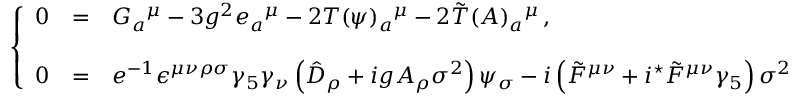
\left\{ \begin{array} { r c l } { { 0 } } & { { = } } & { { G _ { a } { } ^ { \mu } - 3 g ^ { 2 } e _ { a } { } ^ { \mu } - 2 T ( \psi ) _ { a } { } ^ { \mu } - 2 \tilde { T } ( A ) _ { a } { } ^ { \mu } \, , } } \\ { { } } & { { } } & { { } } \\ { { 0 } } & { { = } } & { { e ^ { - 1 } \epsilon ^ { \mu \nu \rho \sigma } \gamma _ { 5 } \gamma _ { \nu } \left( \hat { \cal D } _ { \rho } + i g A _ { \rho } \sigma ^ { 2 } \right) \psi _ { \sigma } - i \left( \tilde { F } ^ { \mu \nu } + i { } ^ { \star } \tilde { F } ^ { \mu \nu } \gamma _ { 5 } \right) \sigma ^ { 2 } \psi _ { \nu } \, , } } \end{array} \right.